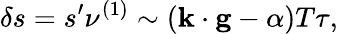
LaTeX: \delta s=s^{\prime}\nu^{\left(1\right)}\sim\left(\mathbf{k}\cdot\mathbf{g}-\alpha\right)T\tau,